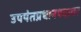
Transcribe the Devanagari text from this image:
उपपंतप्रधानपदावर